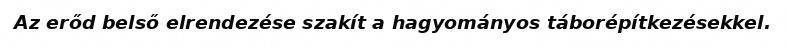
Az erőd belső elrendezése szakít a hagyományos táborépítkezésekkel.